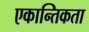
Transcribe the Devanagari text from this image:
एकान्तिकता